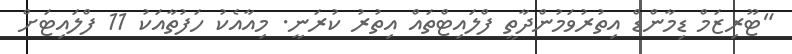
"ޓޫރިޒަމް ޑިމާންޑް އިތުރުވަމުންދާތީ ފްލައިޓްތައް އިތުރު ކުރަނީ. މިއާއެކު ހަފުތާއަކު 11 ފްލައިޓަށް